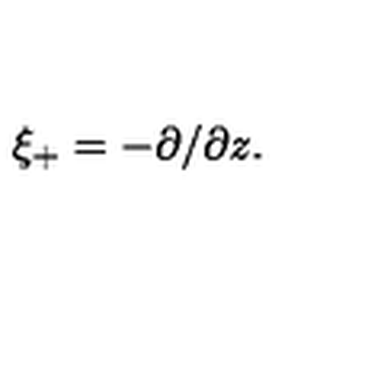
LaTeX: \xi _ { + } = - \partial / \partial z .